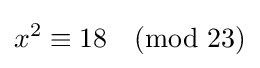
x^{2}\equiv 18{\pmod {23}}